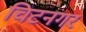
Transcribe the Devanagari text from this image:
चिटनगर